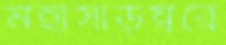
মহাসাড়ম্বরে